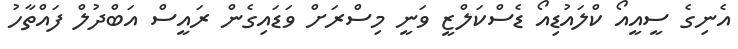
އެނިގެ ސީއީއޯ ކްލައުޑިއޯ ޑެސްކަލްޒީ ވަނީ މިސްރަށް ވަޑައިގެން ރައީސް އަބްދުލް ފައްތާހު